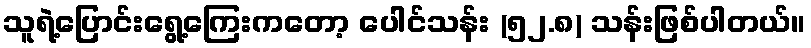
သူရဲ့ပြောင်းရွေ့ကြေးကတော့ ပေါင်သန်း (၅၂.၈) သန်းဖြစ်ပါတယ်။